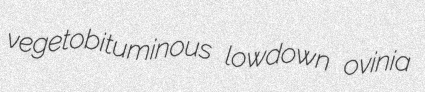
vegetobituminous lowdown ovinia